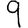
Digit: 9